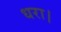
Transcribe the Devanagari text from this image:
धरा।